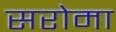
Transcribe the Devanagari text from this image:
सरोमा